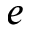
e